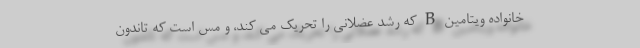
خانواده ویتامین B که رشد عضلانی را تحریک می کند، و مس است که تاندون